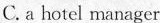
C.a hotel manager